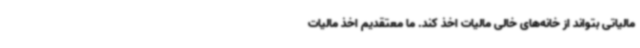
مالیاتی بتواند از خانه‌های خالی مالیات اخذ کند. ما معتقدیم اخذ مالیات